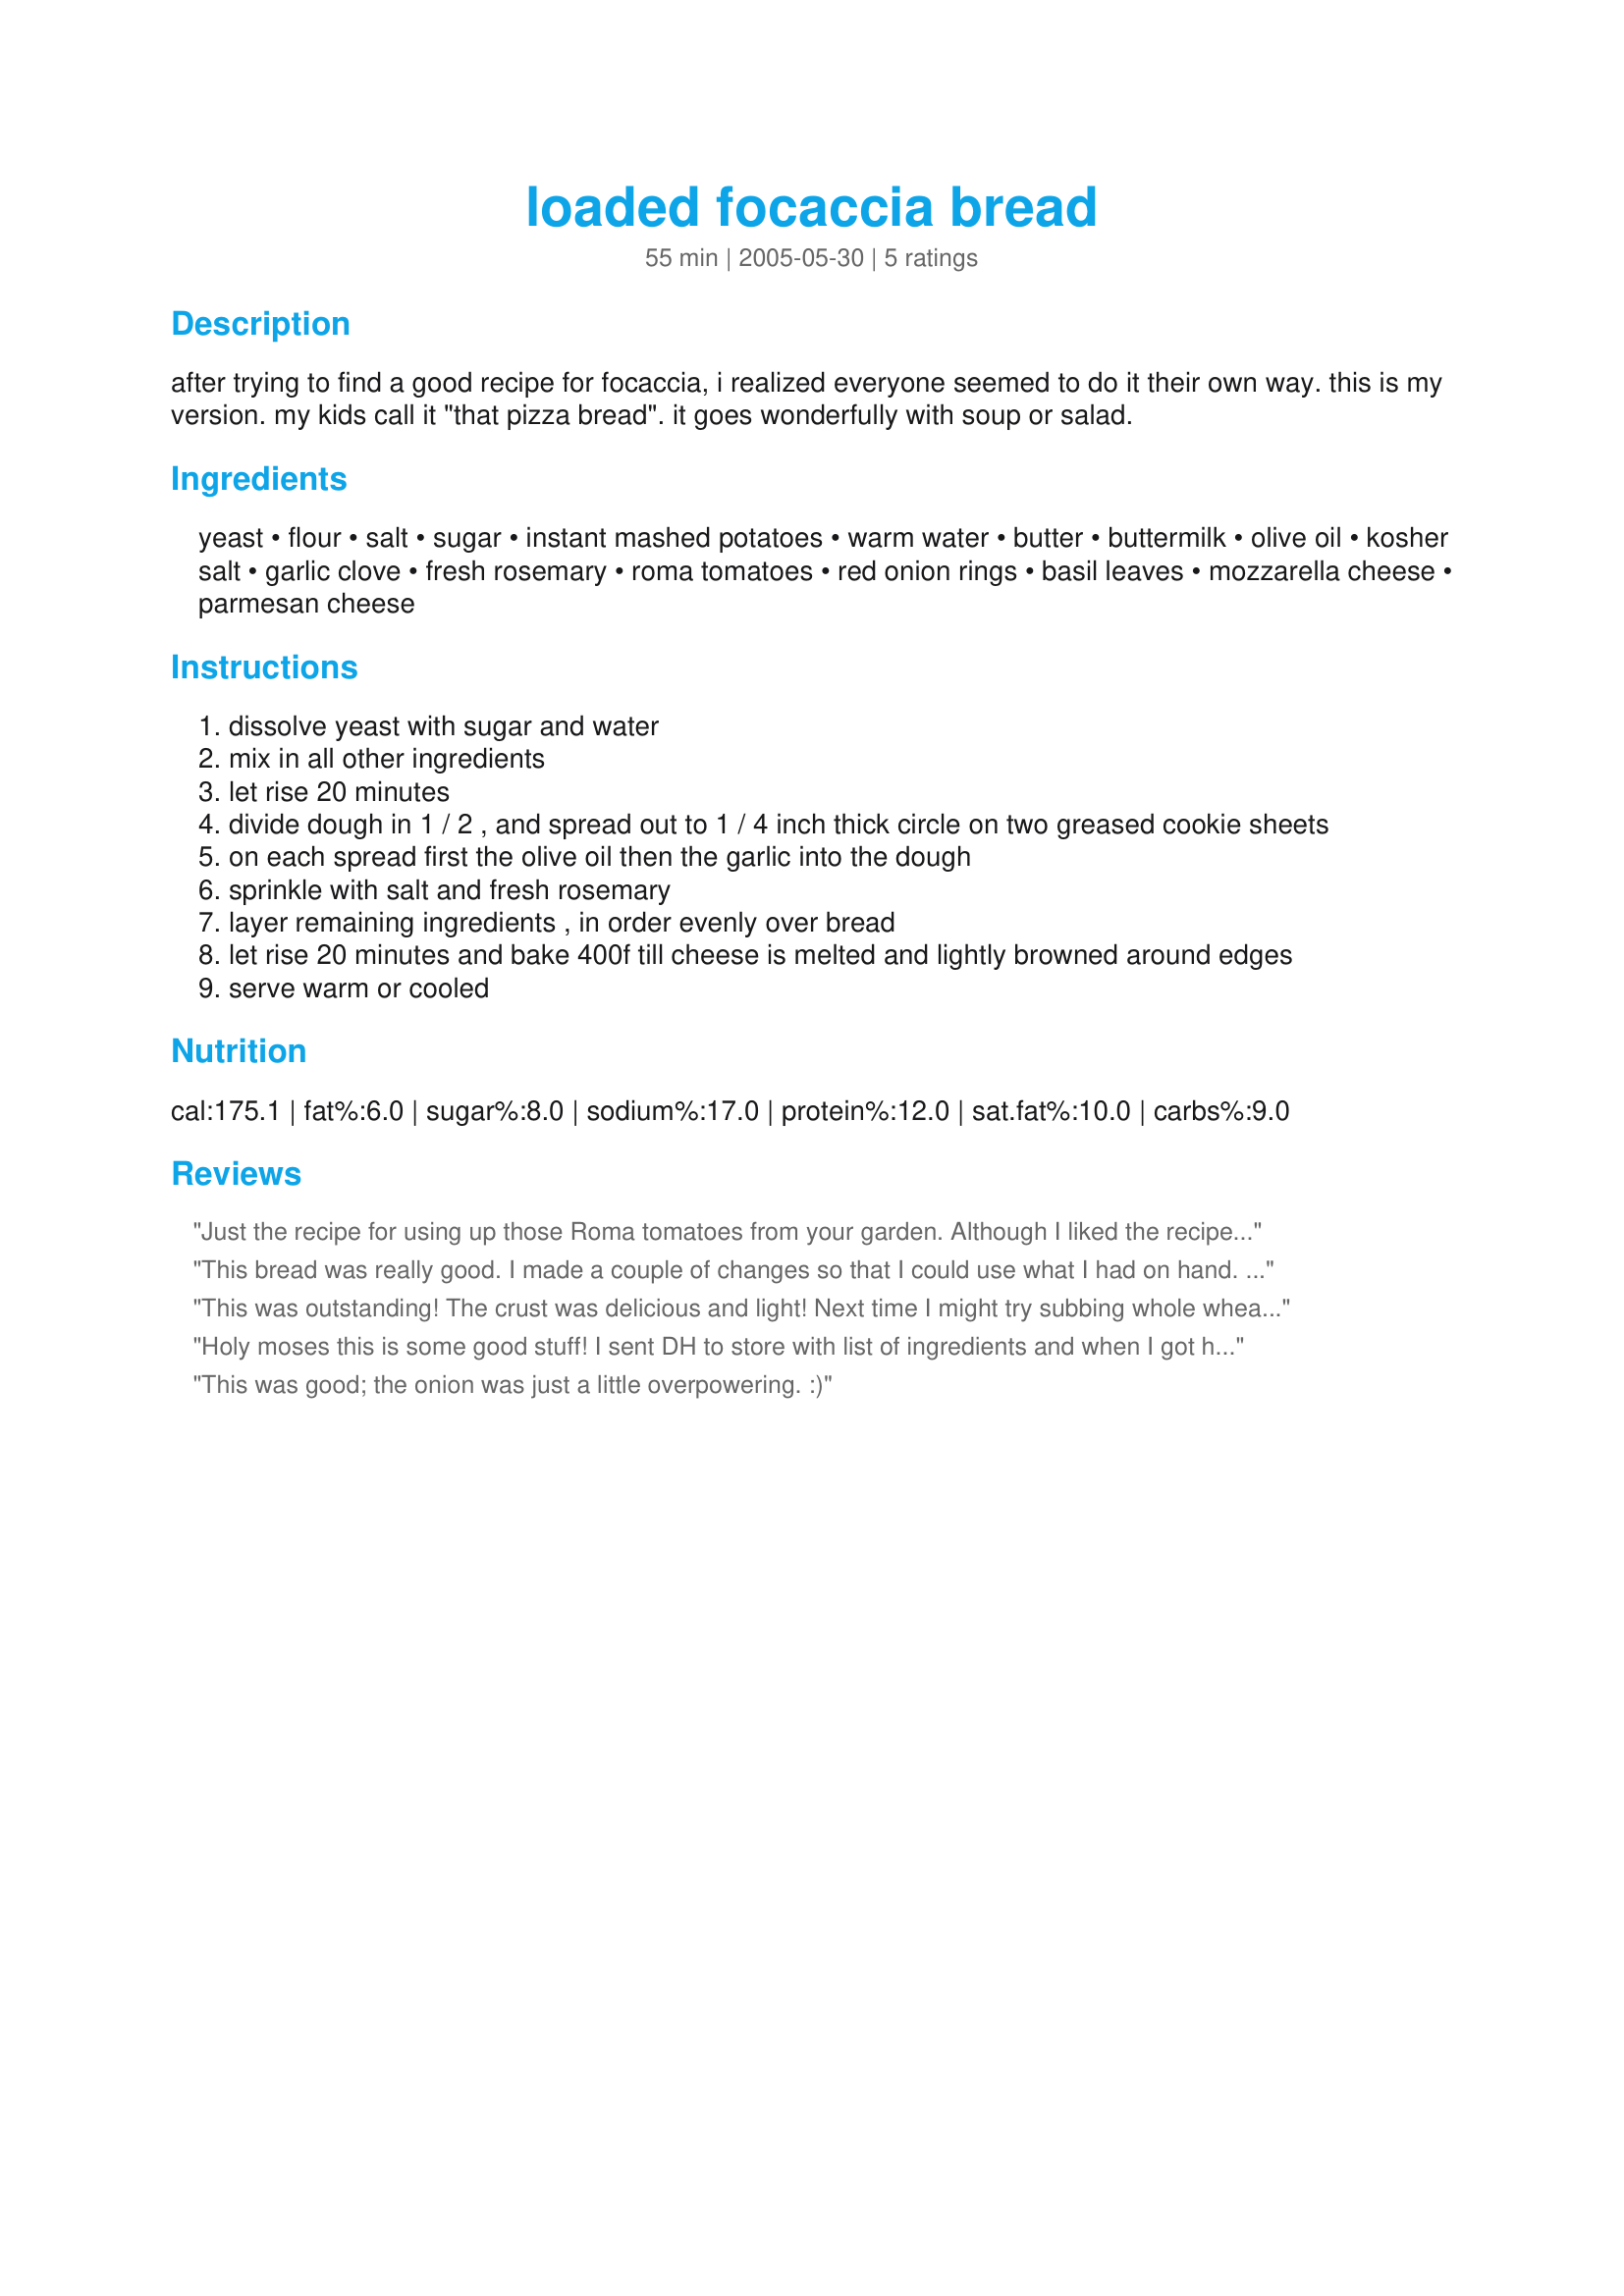
loaded focaccia bread
Preparation time: 55 minutes

after trying to find a good recipe for focaccia, i realized everyone seemed to do it their own way. this is my version. my kids call it "that pizza bread". it goes wonderfully with soup or salad.

Ingredients:
yeast, flour, salt, sugar, instant mashed potatoes, warm water, butter, buttermilk, olive oil, kosher salt, garlic clove, fresh rosemary, roma tomatoes, red onion rings, basil leaves, mozzarella cheese, parmesan cheese

Steps:
dissolve yeast with sugar and water
mix in all other ingredients
let rise 20 minutes
divide dough in 1 / 2 , and spread out to 1 / 4 inch thick circle on two greased cookie sheets
on each spread first the olive oil then the garlic into the dough
sprinkle with salt and fresh rosemary
layer remaining ingredients , in order evenly over bread
let rise 20 minutes and bake 400f till cheese is melted and lightly browned around edges
serve warm or cooled

Reviews:
Just the recipe for using up those Roma tomatoes from your garden.

Although I liked the recipe it needs some tweaking. The dough is too bland, I would add rosemary and basil to the dough. Also the dough didn't really rise (the second time I let the yeast sit for 10 minutes before continuing which was better). The oil, salt and garlic should be mixed together and then spread over dough.
This bread was really good. I made a couple of changes so that I could use what I had on hand. I used up some Trader Joe's sun-dried tomatoes in place of the roma and we loved the flavor they added. Also, I used frozen, chopped basil from last summer's garden and I used a pre-shredded blend of mozzarella and parmesan cheese. After baking, I froze one of the focaccias and my husband ate most of the second one. We both loved it, this will be made again and I look forward to making it for company. Thanks for the recipe Bev!
This was outstanding! The crust was delicious and light! Next time I might try subbing whole wheat flours for part of the white flour. Used less rosemary and added some fresh oregano; both from the herb garden. Also added sliced mushrooms and subbed pecorino romano for the mozzarella. The basil was scattered on top after the pizza was removed from the oven. We will make this again and again, each time varying the recipe depending on what veggies are available. Thank you for sharing your "pizza bread" with us. cg ;)
Holy moses this is some good stuff! I sent DH to store with list of ingredients and when I got home, he has finished it up. The WHOLE house smelled wonderful and that was nothing compared to the taste.

EXCELLENT combination of flavors.

Thanks Homegirl for a new favorite at our house. This is one of the best focaccia breads I've ever had...probably THE best!
This was good; the onion was just a little overpowering. :)
